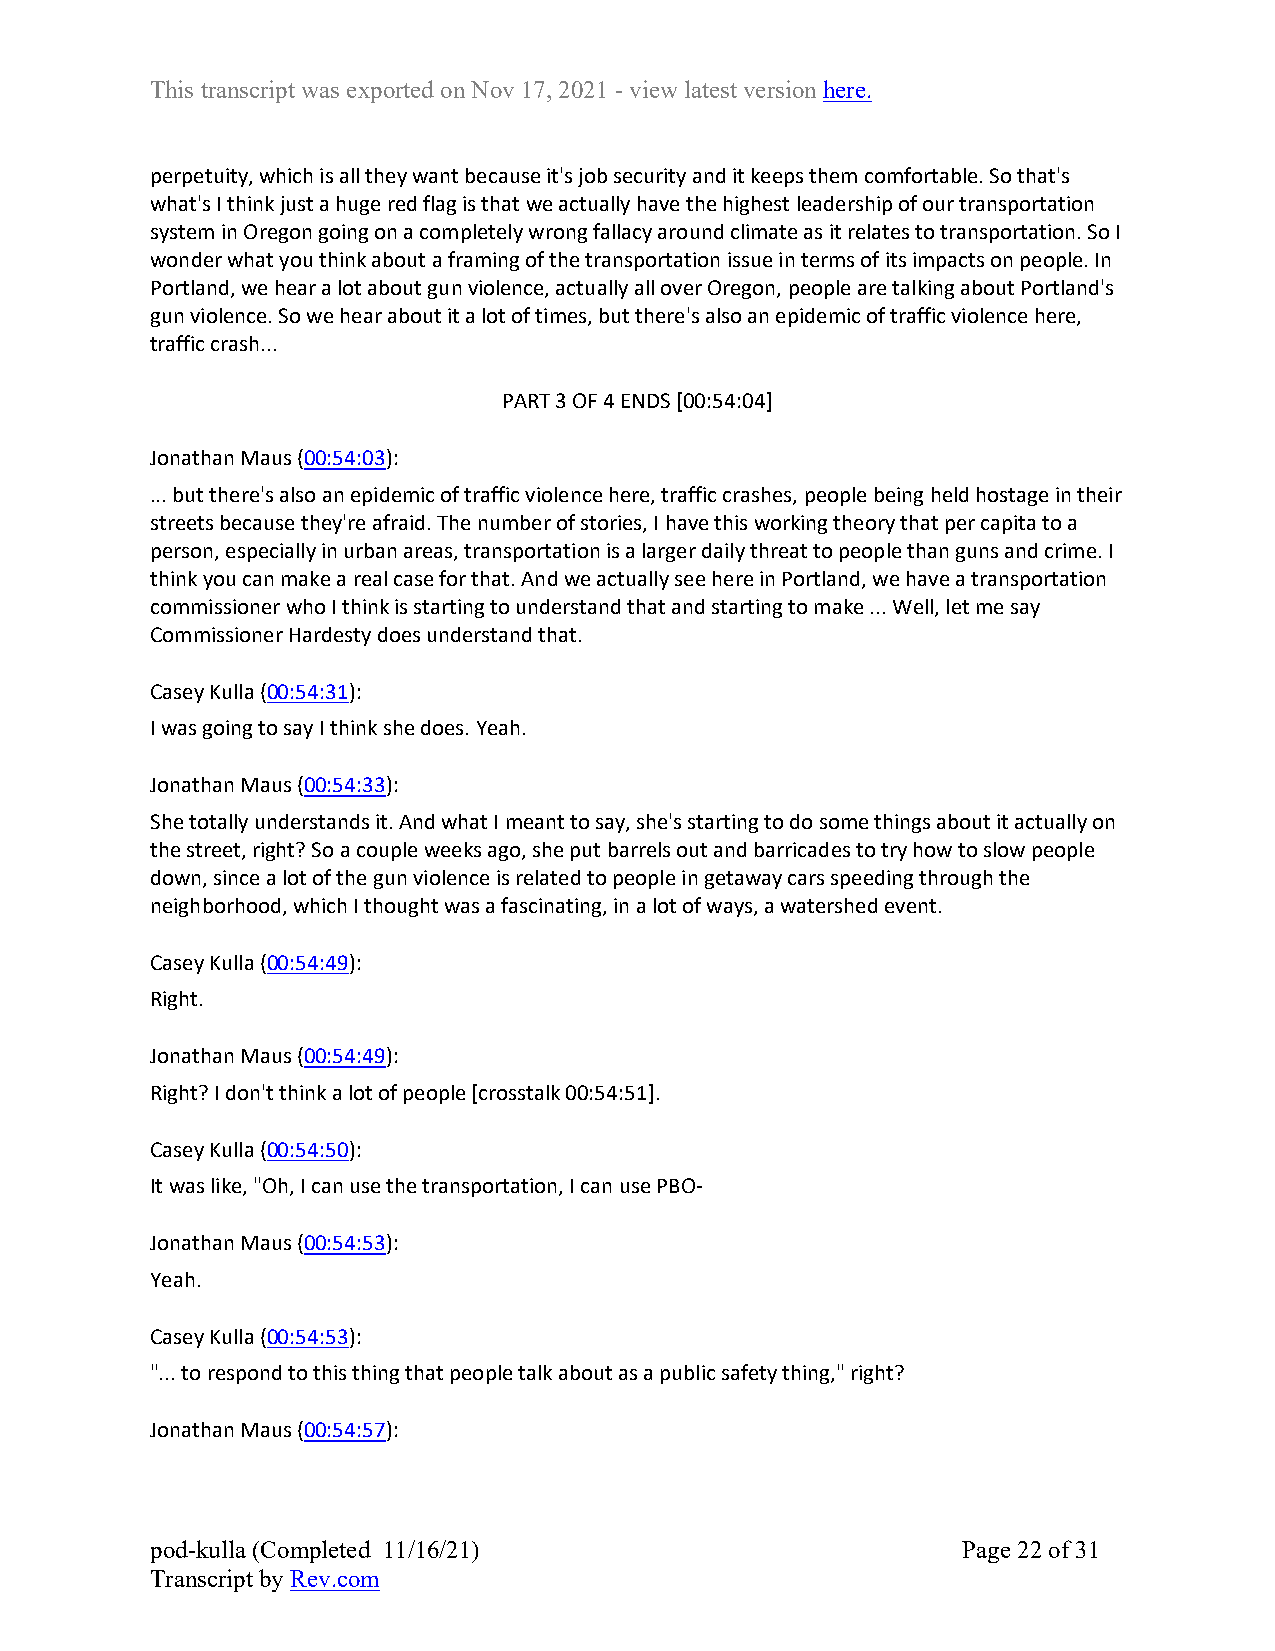
This transcript was exported on Nov 17, 2021 - view latest version here.
 perpetuity, which is all they want because it's job security and it keeps them comfortable. So that's
 what's I think just a huge red flag is that we actually have the highest leadership of our transportation
 system in Oregon going on a completely wrong fallacy around climate as it relates to transportation. So I
 wonder what you think about a framing of the transportation issue in terms of its impacts on people. In
 Portland, we hear a lot about gun violence, actually all over Oregon, people are talking about Portland's
 gun violence. So we hear about it a lot of times, but there's also an epidemic of traffic violence here,
 traffic crash...
 PART 3 OF 4 ENDS [00:54:04]
 Jonathan Maus (00:54:03):
 ... but there's also an epidemic of traffic violence here, traffic crashes, people being held hostage in their
 streets because they're afraid. The number of stories, I have this working theory that per capita to a
 person, especially in urban areas, transportation is a larger daily threat to people than guns and crime. I
 think you can make a real case for that. And we actually see here in Portland, we have a transportation
 commissioner who I think is starting to understand that and starting to make ... Well, let me say
 Commissioner Hardesty does understand that.
 Casey Kulla (00:54:31):
 I was going to say I think she does. Yeah.
 Jonathan Maus (00:54:33):
 She totally understands it. And what I meant to say, she's starting to do some things about it actually on
 the street, right? So a couple weeks ago, she put barrels out and barricades to try how to slow people
 down, since a lot of the gun violence is related to people in getaway cars speeding through the
 neighborhood, which I thought was a fascinating, in a lot of ways, a watershed event.
 Casey Kulla (00:54:49):
 Right.
 Jonathan Maus (00:54:49):
 Right? I don't think a lot of people [crosstalk 00:54:51].
 Casey Kulla (00:54:50):
 It was like, "Oh, I can use the transportation, I can use PBO-
 Jonathan Maus (00:54:53):
 Yeah.
 Casey Kulla (00:54:53):
 "... to respond to this thing that people talk about as a public safety thing," right?
 Jonathan Maus (00:54:57):
 pod-kulla (Completed 11/16/21)                        Page 22 of 31
 Transcript by Rev.com